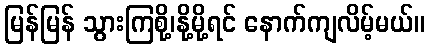
မြန်မြန် သွားကြစို့၊နို့မို့ရင် နောက်ကျလိမ့်မယ်။